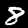
Digit: 8